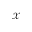
\scriptstyle { \mathcal { X } }